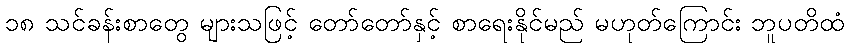
၁၈ သင်ခန်းစာတွေ များသဖြင့် တော်တော်နှင့် စာရေးနိုင်မည် မဟုတ်ကြောင်း ဘူပတိထံ